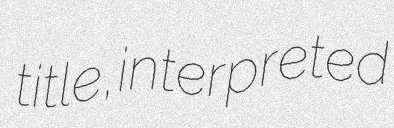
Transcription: title, interpreted